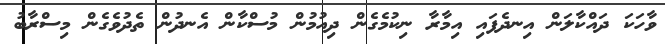
ވާހަކަ ދައްކާލަން އިނދެފައި އިމާރާ ނިކުމެގެން ދިއުމުން މުސްކާން އެނދުން ތެދުވެގެން މިސްރާބު